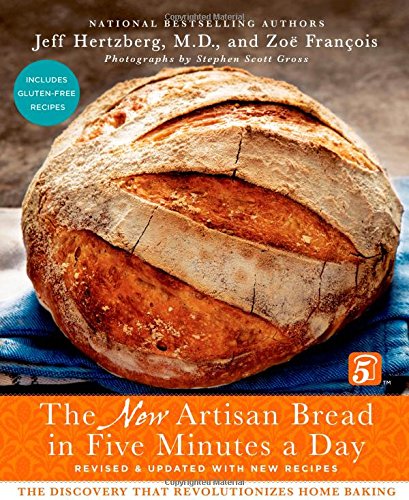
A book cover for The New Artisan Bread in Five Minutes a Day: The Discovery That Revolutionizes Home Baking; Jeff Hertzberg; Cookbooks, Food & Wine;